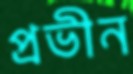
প্রভীন